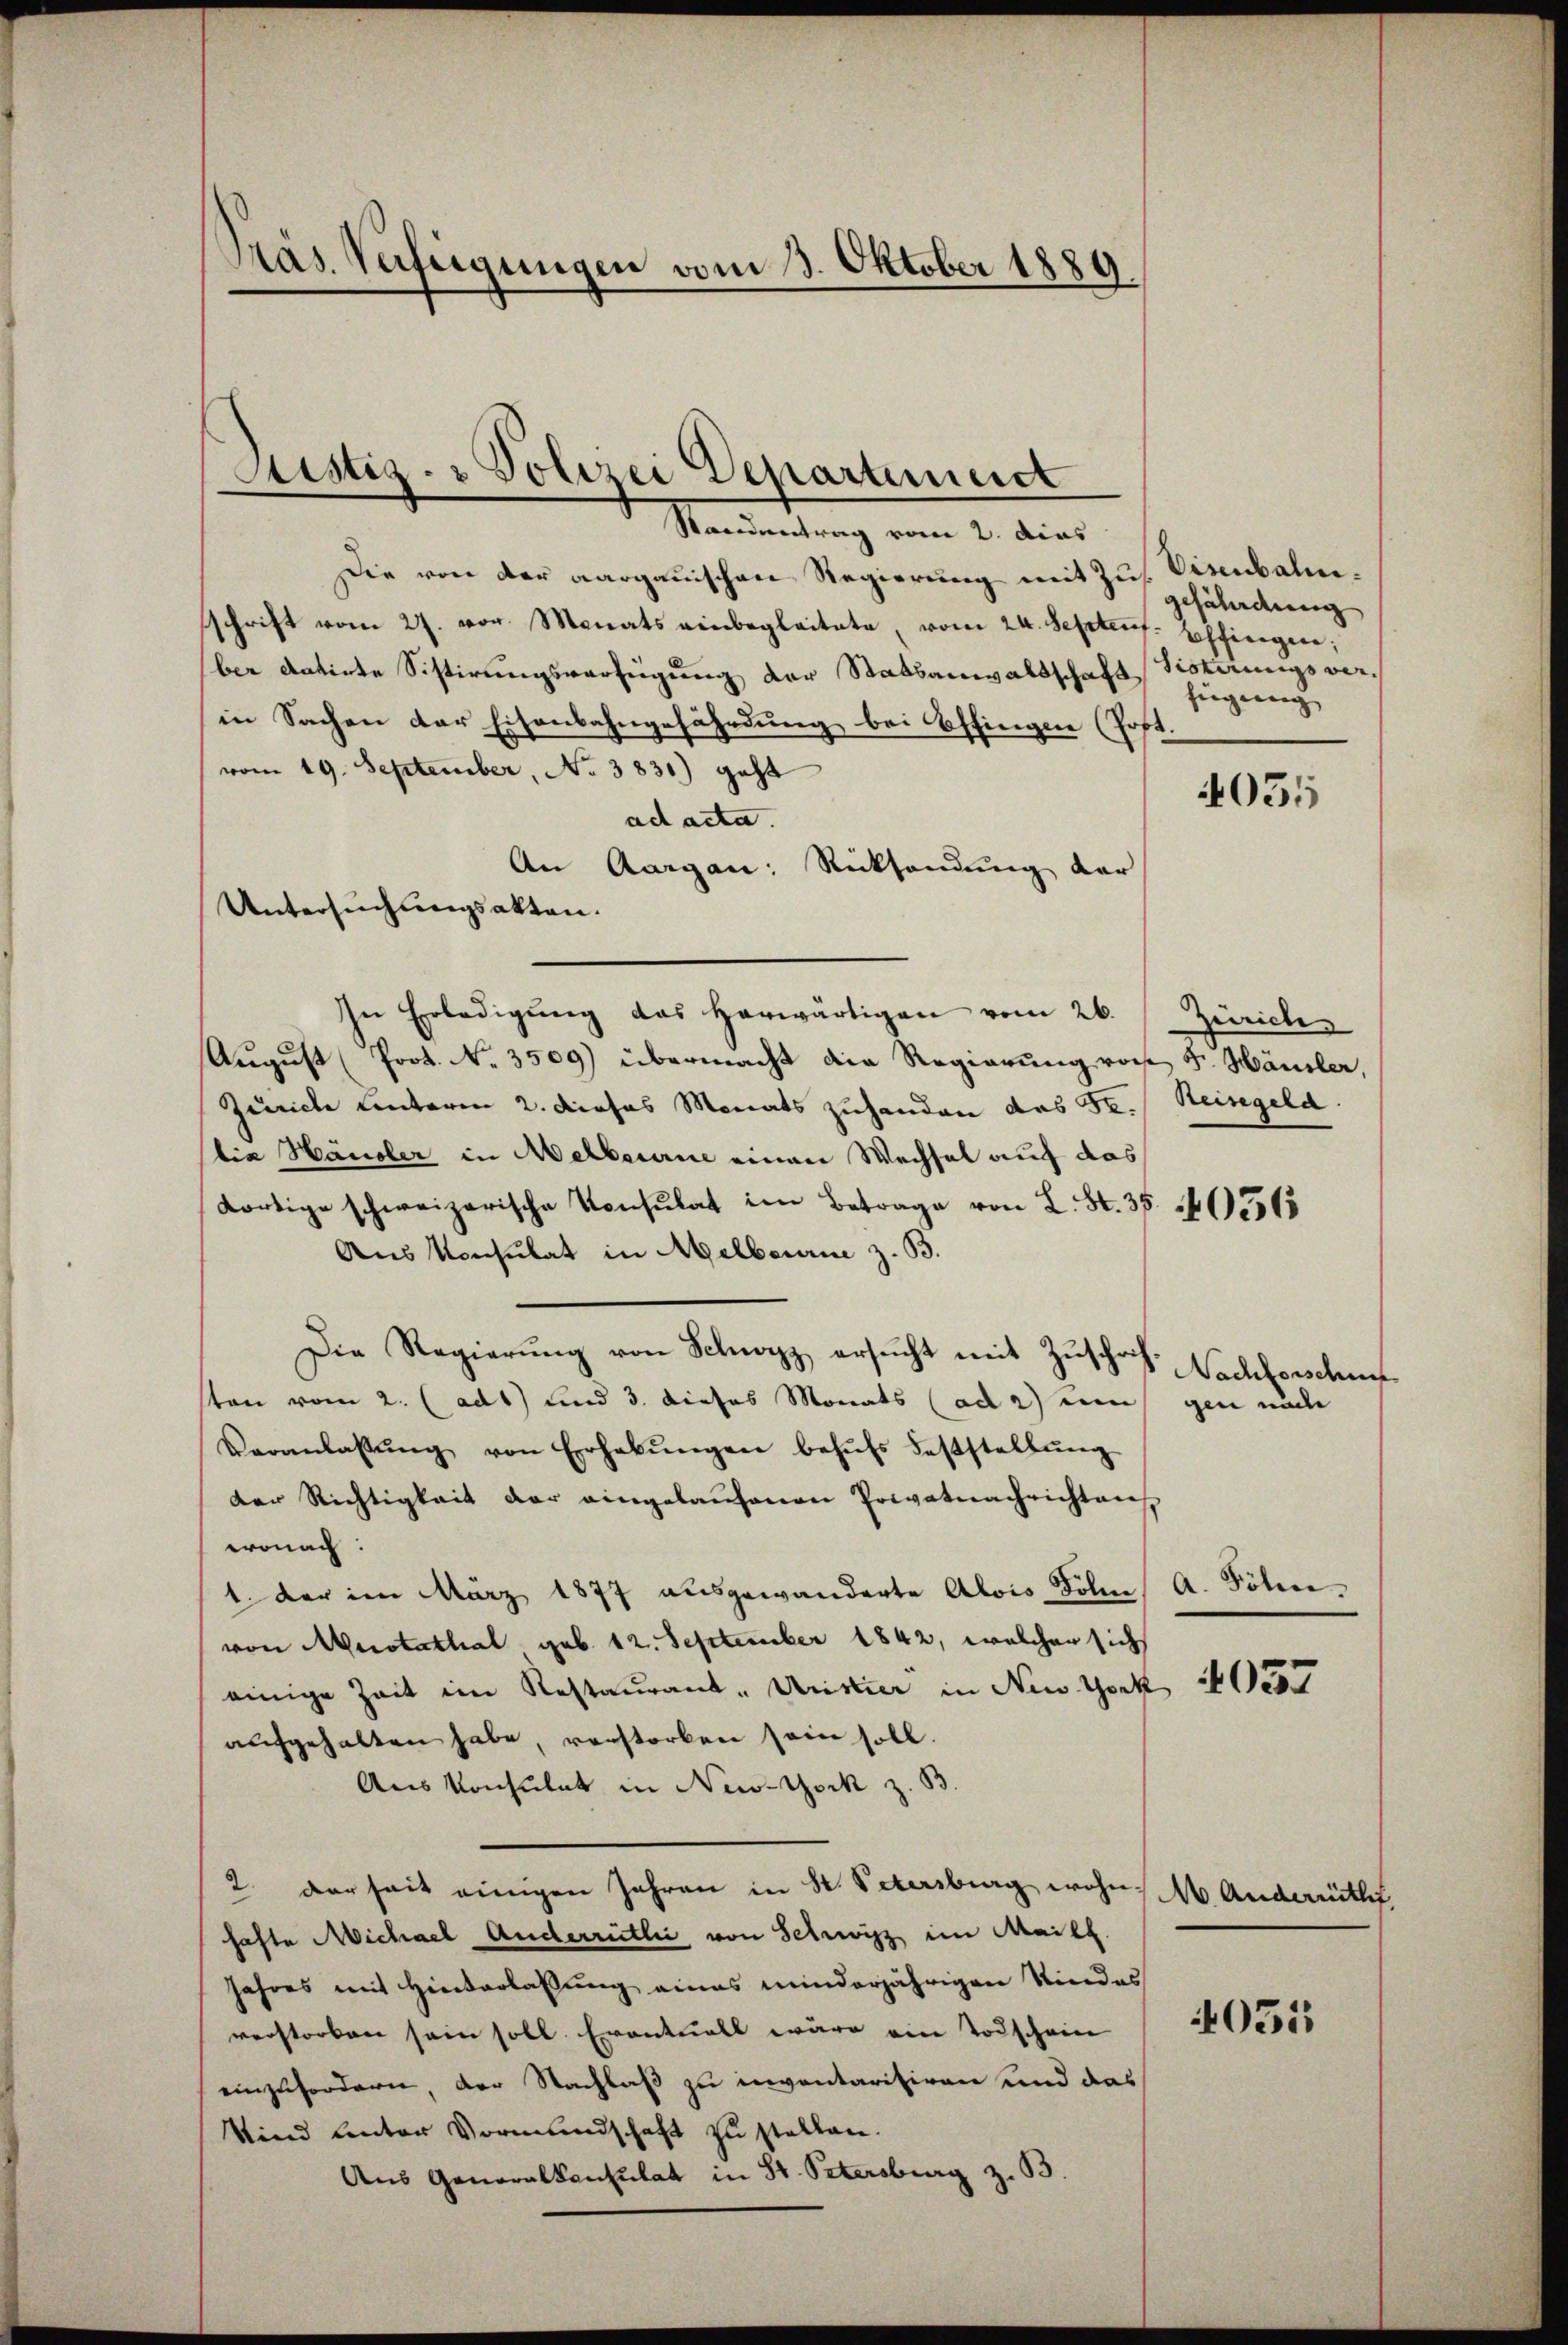
Pras. Verfügungen vom 13. Oktober 1889

Sistig- & Polizei Departement
—

Standentrag vom 2. dies
Die von der aargauischen Regierung mit Zus. Visenbalm,
schrift vom 27. vor. Monats einbegleitete, vom 24. Septeuf: Effingen;
ber datirte Sistirungsverfügung der Statsanwaltschaft Sistirungs verin Sachen der Eisenbahngefährdung bei Offingen (Post.
vom 19. September, No 3831) geht
ad acta.
An Aargau: Rücksendung der
Untersuchsangsakten.
In Erledigung das herwärtigen vom 26.
August (Prot. No. 3509) übermacht die Regierung von Fr. Häusler,
Zürich Unterm 2. dieses Monats zuhanden das Se.
bie Häusler in Melbourne einen Wechsel auf das
dortige schweizerische Konsulat im Betrage von L. St. 35 40565
Aus Konsulat in Melbourie z. B.
Die Regierŭng von Schwyz ersŭcht mit Zŭschrif-
sten vom 2. (ad 1) und 3. dieses Monats (ad 2) ein
Veranlassŭng von Erhabŭngen behŭfs Feststellŭng
der Richtigkeit der eingelaŭfenen Privatnachrichtens
wonach:
1. Der im März 1877 ausgewanderte Alois Dolm, A. Folivon Murotathal geb. 12. September 1842, welcher sich
einige Zeit im Restaurant-Uristier in New-York
aŭfgehalten habe, verstorben sein soll.
Ans Konsulat in New-York z. B.
2. der seit einigen Jahren in St. Petersburg wohnhafte Michael Anderrütli von Schwyz im Maill
Jahres mit Hinterlassung eines minderjährigen Niedes
verstorben sein soll. Eventuell wäre ein Todschein
einzufordern, der Nachlaß zu inventarisiren und das
Wind unter Vormundschaft zu stellen.
Aus Generalkonsulat in St. Petersburg z. B.

gefährdung
fügung

Zürich
Reisegela

4035

Nachforschu
gen näch

4037

Ab. Andernith,

051